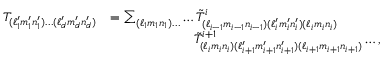
\begin{array} { r l } { T _ { ( \ell _ { 1 } ^ { \prime } m _ { 1 } ^ { \prime } n _ { 1 } ^ { \prime } ) \ldots ( \ell _ { d } ^ { \prime } m _ { d } ^ { \prime } n _ { d } ^ { \prime } ) } } & { = \sum _ { ( \ell _ { 1 } m _ { 1 } n _ { 1 } ) \ldots } \ldots \tilde { T } _ { ( \ell _ { i - 1 } m _ { i - 1 } n _ { i - 1 } ) ( \ell _ { i } ^ { \prime } m _ { i } ^ { \prime } n _ { i } ^ { \prime } ) ( \ell _ { i } m _ { i } n _ { i } ) } ^ { i } } \\ & { \mathstrut \phantom { = \sum _ { ( \ell _ { 1 } m _ { 1 } n _ { 1 } ) \ldots } \ldots } \tilde { T } _ { ( \ell _ { i } m _ { i } n _ { i } ) ( \ell _ { i + 1 } ^ { \prime } m _ { i + 1 } ^ { \prime } n _ { i + 1 } ^ { \prime } ) ( \ell _ { i + 1 } m _ { i + 1 } n _ { i + 1 } ) } ^ { i + 1 } \ldots , } \end{array}